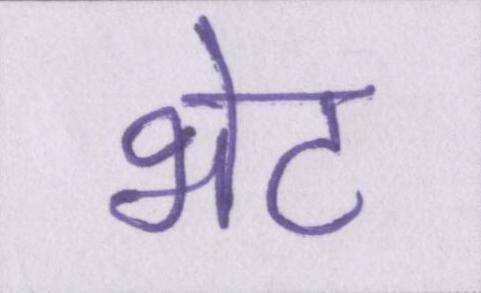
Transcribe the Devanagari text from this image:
भेट